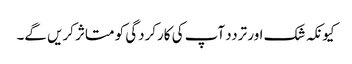
کیونکہ شک اور تردد آپ کی کارکردگی کو متاثر کریں گے۔